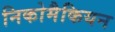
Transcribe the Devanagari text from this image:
निकोमैकियन